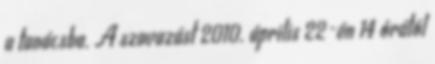
a tanácsba. A szavazást 2010. április 22-én 14 órától